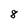
Character: 8